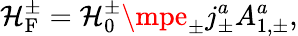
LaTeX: {\cal\mathcal{H}}_{\mathrm{{F}}}^{\pm}={\cal\mathcal{H}}_{0}^{\pm}\mpe_{\pm}j_{\pm}^{a}A_{1,\pm}^{a},